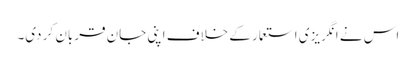
اس نے انگریزی استعمار کے خلاف اپنی جان قربان کر دی۔